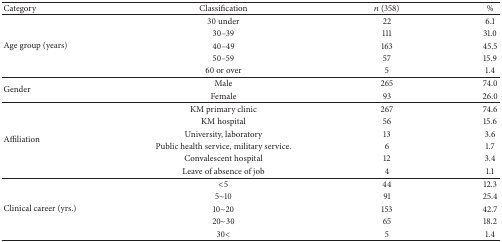
| Category | Classification | n (358) | % |
 | --- | --- | --- | --- |
 | <ROWSPAN=5> Age group (years) | 30 under | 22 | 6.1 |
 | 30–39 | 111 | 31.0 |
 | 40–49 | 163 | 45.5 |
 | 50–59 | 57 | 15.9 |
 | 60 or over | 5 | 1.4 |
 | <ROWSPAN=2> Gender | Male | 265 | 74.0 |
 | Female | 93 | 26.0 |
 | <ROWSPAN=6> Affiliation | KM primary clinic | 267 | 74.6 |
 | KM hospital | 56 | 15.6 |
 | University, laboratory | 13 | 3.6 |
 | Public health service, military service. | 6 | 1.7 |
 | Convalescent hospital | 12 | 3.4 |
 | Leave of absence of job | 4 | 1.1 |
 | <ROWSPAN=5> Clinical career (yrs.) | <5 | 44 | 12.3 |
 | 5~10 | 91 | 25.4 |
 | 10~20 | 153 | 42.7 |
 | 20~30 | 65 | 18.2 |
 | 30< | 5 | 1.4 |